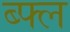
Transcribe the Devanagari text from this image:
ब्फ्ल